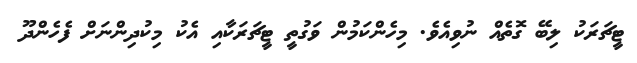
ޓީޗަރަކު ލިބޭ ގޮތެއް ނުވިއެވެ. މިހެންކަމުން ވަގުތީ ޓީޗަރަކާއި އެކު މިކުދިންނަށް ފެހެންދޫ